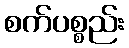
စက်ပစ္စည်း